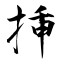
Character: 挿